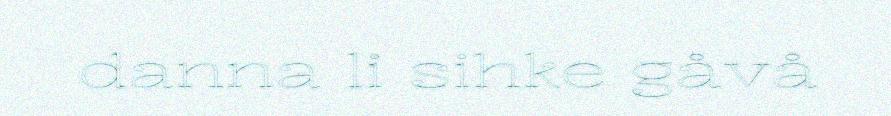
danna li sihke gåvå